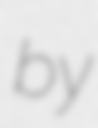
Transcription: by